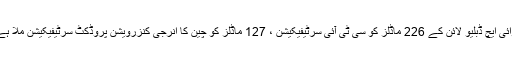
وائی ایچ ڈبلیو لائن کے 226 ماڈلز کو سی ٹی آئی سرٹیفیکیشن ، 127 ماڈلز کو چین کا انرجی کنزرویشن پروڈکٹ سرٹیفیکیشن ملا ہے۔